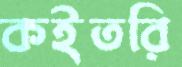
কইতরি